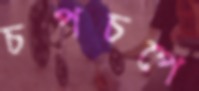
চপচপে